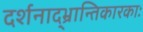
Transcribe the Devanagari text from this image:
दर्शनाद्भ्रान्तिकारकाः